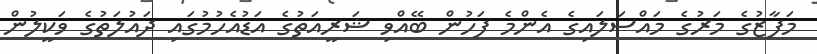
މަފާޒުގެ މަރުގެ މައްސަލައިގެ އެންމެ ފަހުން ބޭއްވި ޝަރީއަތުގެ އަޑުއެހުމުގައި ދައުލަތުގެ ވަކީލުން